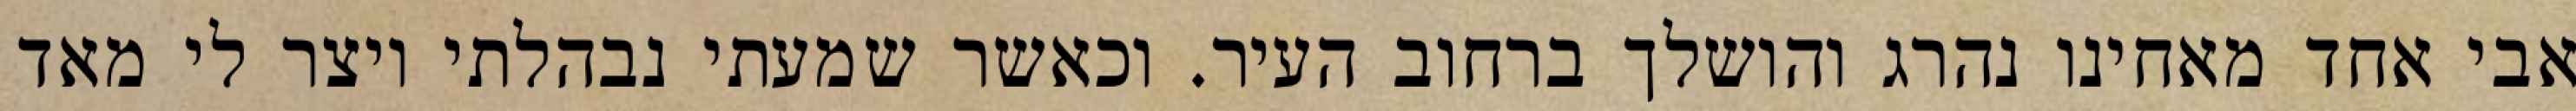
אבי אחד מאחינו נהרג והושלך ברחוב העיר. וכאשר שמעתי נבהלתי ויצר לי מאד